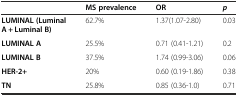
|  | MS prevalence | OR | p |
 | --- | --- | --- | --- |
 | LUMINAL (Luminal A + Luminal B) | 62.7% | 1.37(1.07-2.80) | 0.03 |
 | LUMINAL A | 25.5% | 0.71 (0.41-1.21) | 0.2 |
 | LUMINAL B | 37.5% | 1.74 (0.99-3.06) | 0.06 |
 | HER-2+ | 20% | 0.60 (0.19-1.86) | 0.38 |
 | TN | 25.8% | 0.85 (0.36-1.0) | 0.71 |